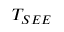
T _ { S E E }